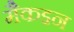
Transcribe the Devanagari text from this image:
मैकइन